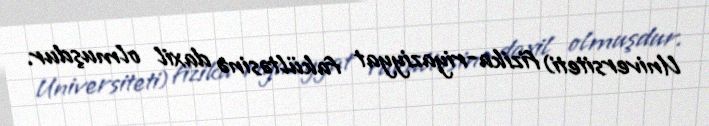
Universiteti) fizika-riyaziyyat fakültəsinə daxil olmuşdur.